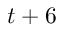
t + 6